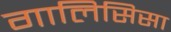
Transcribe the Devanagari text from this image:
गालिसिसा